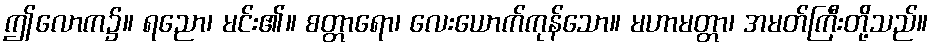
ဤလောက၌။ ရညော၊ မင်း၏။ စတ္တာရော၊ လေးယောက်ကုန်သော။ မဟာမတ္တာ၊ အမတ်ကြီးတို့သည်။